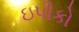
ઇપીકો